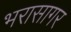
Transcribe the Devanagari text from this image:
भरासागर